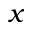
x